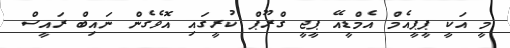
މީ އަކީ ޕީޕީއެމް އެމްޑީއޭ ޕީޖީ ގްރޫޕް ކުރީގައި އޮވެގެން ނައިބް ރައީސް